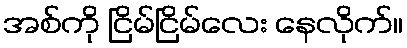
အစ်ကို ငြိမ်ငြိမ်လေး နေလိုက်။